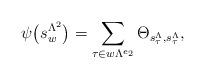
LaTeX: \begin{align*}\psi\big(s_w^{\Lambda^2}\big)=\sum_{\tau\in w\Lambda^{e_2}}\Theta_{s_\tau^{\Lambda},s_\tau^{\Lambda}},\end{align*}